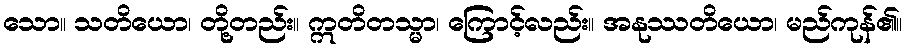
သော။ သတိယော၊ တို့တည်း။ ဣတိတသ္မာ၊ ကြောင့်လည်း။ အနုဿတိယော၊ မည်ကုန်၏။